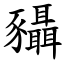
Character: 䝕